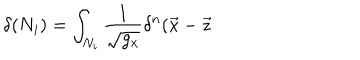
\delta ( N _ { i } ) = \int _ { N _ { i } } \frac 1 { \sqrt { g _ { x } } } \delta ^ { n } ( \vec { x } - \vec { z }